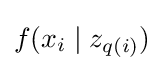
f(x_{i}\mid z_{q(i)})